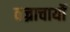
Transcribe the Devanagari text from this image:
वज्राचार्यों